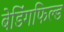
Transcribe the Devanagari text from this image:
बेडिंगफिल्ड